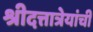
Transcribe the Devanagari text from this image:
श्रीदत्तात्रेयांची